Vaccine operations Central Provinces 1886-1899 - 1886-1899
Year: 1886
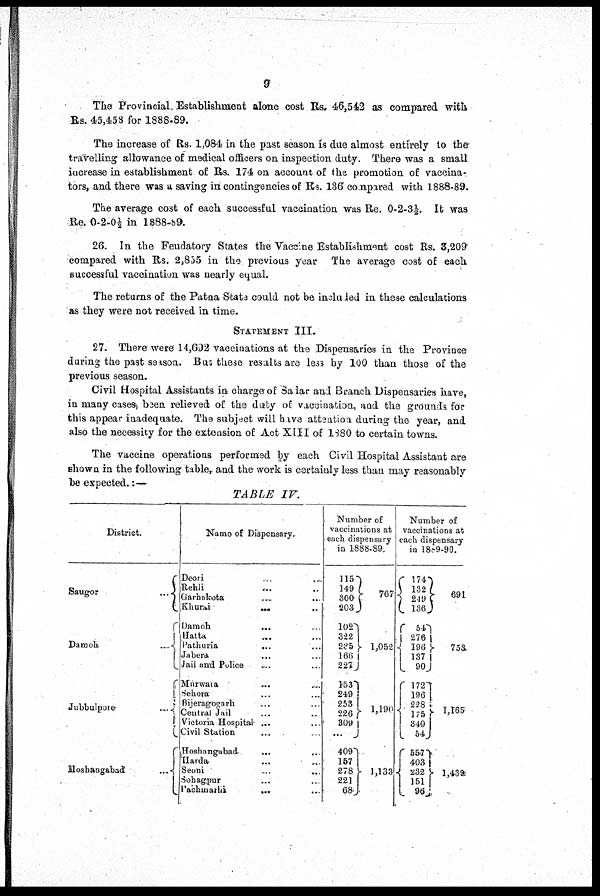
9
The Provincial. Establishment alone cost Rs. 46,542 as compared with
Rs. 45,458 for 1888-89.
The increase of Rs. 1,084 in the past season is due almost entirely to the
travelling allowance of medical officers on inspection duty. There was a small
increase in establishment of Rs. 174 on account of the promotion of vaccina-
tors, and there was a saving in contingencies of Rs. 136 compared with 1888-89.
The average cost of each successful vaccination was Re. 0-2-3½. It was
Re. 0-2-0½ in 1888-89.
26. In the Feudatory States the Vaccine Establishment cost Rs. 3,209
compared with Rs. 2,855 in the previous year The average cost of each
successful vaccination was nearly equal.
The returns of the Patna State could not be included in these calculations
as they were not received in time.
STATEMENT III.
27. There were 14, 692 vaccinations at the Dispensaries in the Province
during the past season. But these results are less by 100 than those of the
previous season.
Civil Hospital Assistants in charge of Sadar and Branch Dispensaries have,
in many cases been relieved of the duty of vaccination, and the grounds for
this appear inadequate. The subject will have attention during the year, and
also the necessity for the extension of Act XIII of 1880 to certain towns.
The vaccine operations performed by each Civil Hospital Assistant are
shown in the following table, and the work is certainly less than may reasonably
be expected.:—
TABLE IV.
District.
Saugor
...
Damoh
...
Jubbulpore
...
Hoshangabad
...
Name of Dispensary.
Deori ... ...
Rehli
...
...
Garhakota
...
...
Khurai
...
...
Damoh ... ...
Hatta
...
Pathuria
...
...
Jabera
...
...
Jail and Police ...
Murwara
...
...
Sehora ... ...
Bijeragogarh ... ...
Central Jail ... ...
Victoria Hospital ...
Civil Station ... ...
Hoshangabad ... ...
Harda ... ...
Seoni ... ...
Sohagpur ... ...
Pachmarhi ... ...
Number of
vaccinations at
each dispensary
in 1888-89.
115
149
300
203
102
322
235
166
227
153
249
253
226
309
...
409
157
278
221
68
767
1,052
1,190
1,133
Number of
vaccinations at
each dispensary
in 1889-90.
174 132
249
136
54
276
196
137
90
172
196
228
175
340
54
557
403
232
151
96
691
753
1,165
l,439